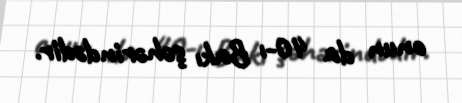
onun da 40-ı Bakı şəhərindədir.